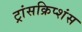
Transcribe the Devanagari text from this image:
ट्रांसक्रिप्शंस